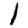
Digit: 1